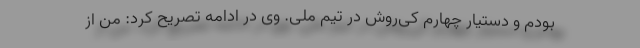
بودم و دستیار چهارم کی‌روش در تیم ملی. وی در ادامه تصریح کرد: من از